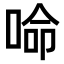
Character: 𠵴